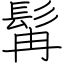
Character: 髯